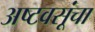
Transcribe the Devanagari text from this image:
अष्टवसूंचा